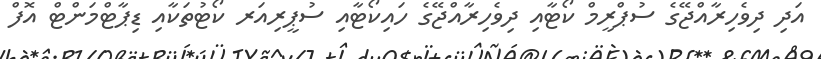
އަދި ދިވެހިރާއްޖޭގެ ސުޕްރީމް ކޯޓާއި ދިވެހިރާއްޖޭގެ ހައިކޯޓާއި ސުޕީރިއަރ ކޯޓުތަކާއި ޑިޕާޓްމަންޓް އޮފް